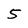
Character: 5